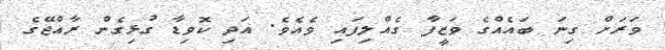
ވަރަށް ގިނަ ބައެއްގެ ވަޒީފާ ގެއްލިފައި ވެއެވެ. އަދި ކޮވިޑާ ގުޅިގެން ރާއްޖޭގެ